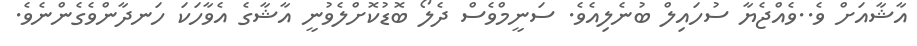
އާޝާއަށް ވެ..ވެއްޖެޔާ ސުހައިލް ބުނެލިއެވެ. ސަނީމްވެސް ދެލޯ ބޮޑުކޮށްލެވުނީ އާޝާގެ އެވާހަކަ ހަނދާންވެގެންނެވެ.